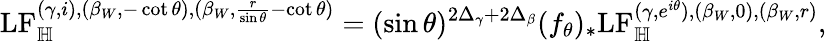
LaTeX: \mathrm{LF}_{\mathbb H}^{(\gamma,i),(\beta_{W},-\cot\theta),(\beta_{W},\frac{r}{\sin\theta}-\cot\theta)}=(\sin\theta)^{2\Delta_{\gamma}+2\Delta_{\beta}}(f_{\theta})_{*}\mathrm{LF}_{\mathbb H}^{(\gamma,e^{i\theta}),(\beta_{W},0),(\beta_{W},r)},